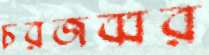
চরজব্বর